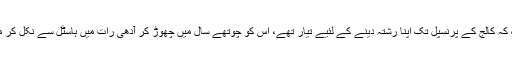
ایک اور بچی تھی جس کے پیچھے نہ صرف سارے کالج کے لڑکے یہاں تک کہ کالج کے پرنسپل تک اپنا رشتہ دینے کے لئیے تیار تھے، اس کو چوتھے سال میں چھوڑ کر آدھی رات میں ہاسٹل سے نکل کر ملک چھوڑنا پڑا کیونکہ کچھ تو دبئی تک جہاز میں اس کے پیچھے آتے تھے۔